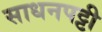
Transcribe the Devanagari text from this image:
साधनपट्टी